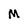
Character: M